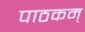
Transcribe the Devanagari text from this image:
पाठकम्